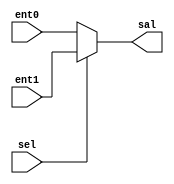
module mux2a1 (sal, ent0, ent1, sel);
  parameter tamData = 0;
  input [tamData:0] ent0, ent1;
  input sel;
  output [tamData:0] sal;
  reg [tamData:0] sal;

  always @(ent0 or ent1 or sel)
    begin
      if (~sel)
        sal = ent0;
      else
        sal = ent1;
    end
endmodule